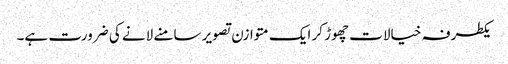
یکطرفہ خیالات چھوڑ کر ایک متوازن تصویر سامنے لانے کی ضرورت ہے۔